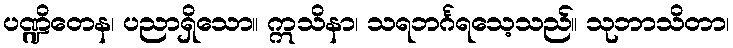
ပဏ္ဍိတေန၊ ပညာရှိသော။ ဣသိနာ၊ သရဘင်္ဂရသေ့သည်။ သုဘာသိတာ၊